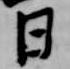
日